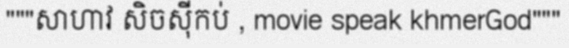
"""សាហាវ សិចស៊ីកប់ , movie speak khmerGod"""